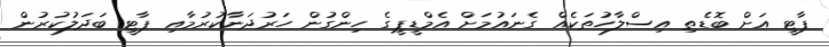
ޕާޓީ އަށް ބޮޑެތި އިސްލާހުތަކެއް ގެނައުމަށް އެމްޑީޕީގެ ހިންގުން ހަރުދަނާކުރުމާއި ޕާޓީ ބަދަލުކުރުން